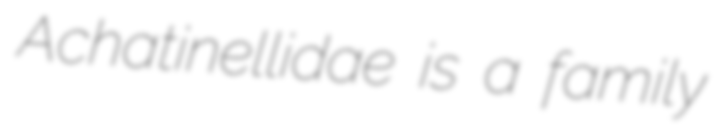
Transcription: Achatinellidae is a family